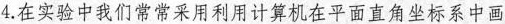
4.在实验中我们常常采用利用计算机在平面直角坐标系中画